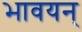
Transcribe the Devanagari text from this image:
भावयन्